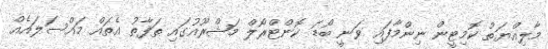
މާލިއްޔަތު ކޮމިޓީން ނިންމާފައި ވަނީ ބޯޑަ ކޮންޓްރޯލް މަޝްރޫއުގައި ތަފާތު އެތައް މައްސަލައެއް